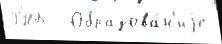
РНБ   Образова́н'иjе